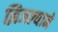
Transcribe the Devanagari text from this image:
झिजल्याने